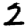
Digit: 2